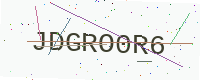
Text: JDGRO0R6